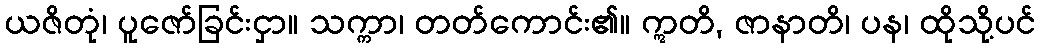
ယဇိတုံ၊ ပူဇော်ခြင်းငှာ။ သက္ကာ၊ တတ်ကောင်း၏။ ဣတိ, ဇာနာတိ၊ ပန၊ ထိုသို့ပင်